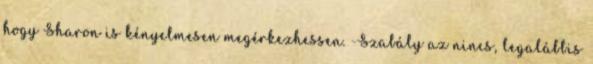
hogy Sharon is kényelmesen megérkezhessen. -Szabály az nincs, legalábbis